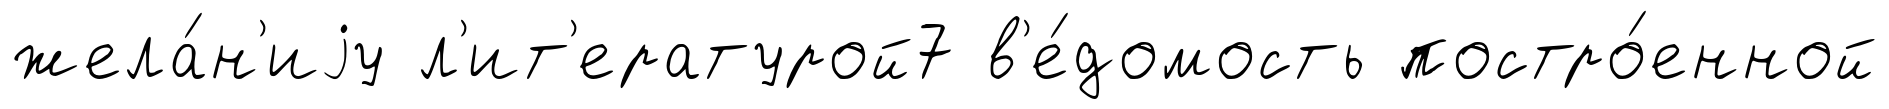
жела́н'иjу л'ит'ературой7 в'е́домость постро́енной